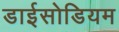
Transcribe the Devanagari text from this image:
डाईसोडियम